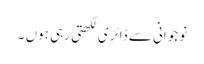
نوجوانی سے ڈائری لکھتی رہی ہوں ۔